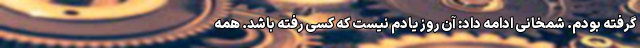
گرفته بودم. شمخانی ادامه داد: آن روز یادم نیست که کسی رفته باشد. همه